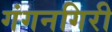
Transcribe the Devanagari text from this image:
गंगनगिरी